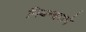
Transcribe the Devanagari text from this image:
नियन्त्रणमे